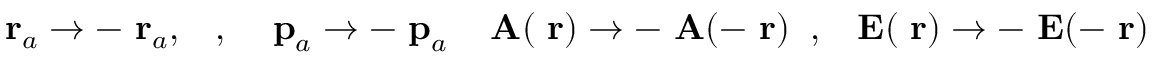
\mathrm { \bf ~ r } _ { a } \to - \mathrm { \bf ~ r } _ { a } , \; \; \; , \; \; \; \mathrm { \bf ~ p } _ { a } \to - \mathrm { \bf ~ p } _ { a } \; \; \; \mathrm { \bf ~ A } ( \mathrm { \bf ~ r } ) \to - \mathrm { \bf ~ A } ( - \mathrm { \bf ~ r } ) \; \; , \; \; \mathrm { \bf ~ E } ( \mathrm { \bf ~ r } ) \to - \mathrm { \bf ~ E } ( - \mathrm { \bf ~ r } )